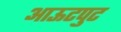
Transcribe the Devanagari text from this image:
आऊटपुट